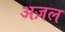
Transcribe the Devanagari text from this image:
अज़ल